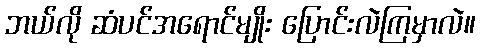
ဘယ်လို ဆံပင်အရောင်မျိုး ပြောင်းလဲကြမှာလဲ။